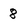
Character: 8